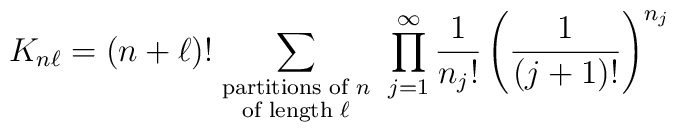
K_{n\ell} = (n+\ell)! \sum_{{\mbox{\scriptsize partitions of $n$}} \atop{\mbox{\scriptsize of length $\ell$}}} \; \prod_{j=1}^{\infty}\frac{1}{{n_j}!} \left( \frac{1}{(j+1)!} \right)^{n_j}